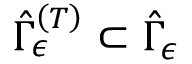
\hat { \Gamma } _ { \epsilon } ^ { \left( T \right) } \subset \hat { \Gamma } _ { \epsilon }